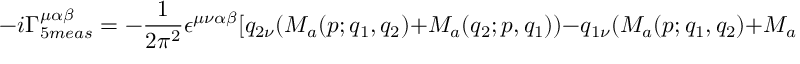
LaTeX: - i \Gamma _ { 5 m e a s } ^ { \mu \alpha \beta } = - \frac { 1 } { 2 \pi ^ { 2 } } \epsilon ^ { \mu \nu \alpha \beta } [ q _ { 2 \nu } ( M _ { a } ( p ; q _ { 1 } , q _ { 2 } ) + M _ { a } ( q _ { 2 } ; p , q _ { 1 } ) ) - q _ { 1 \nu } ( M _ { a } ( p ; q _ { 1 } , q _ { 2 } ) + M _ { a } ( q _ { 1 } ; p , q _ { 2 } ) ) ] .